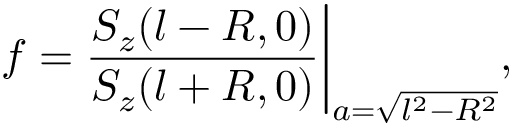
f = \frac { S _ { z } ( l - R , 0 ) } { S _ { z } ( l + R , 0 ) } \bigg | _ { a = \sqrt { l ^ { 2 } - R ^ { 2 } } } ,